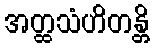
အတ္ထသံဟိတန္တိ